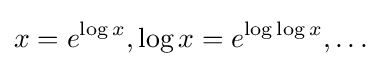
x=e^{\log x},\log x=e^{\log \log x},\ldots